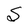
Character: S